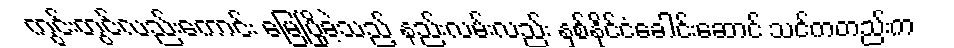
ကွင်းတွင်လည်းကောင်း မြေပြိုခဲ့သည့် နည်းလမ်းလည်း နှစ်နိုင်ငံခေါင်းဆောင် သင်ကတည်းက